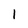
Character: l